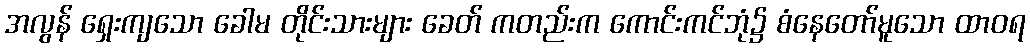
အလွန် ရှေးကျသော ခေါမ တိုင်းသားများ ခေတ် ကတည်းက ကောင်းကင်ဘုံ၌ စံနေတော်မူသော ထာဝရ